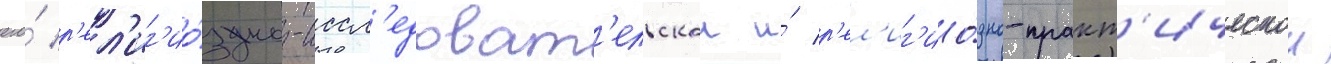
его́ р'ел'иг'ио́зно-иссл'едоват'ельскои и́ р'ел'иг'ио́зно-практ'ическои